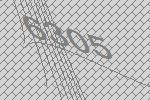
6305